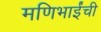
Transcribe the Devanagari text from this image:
मणिभाईंची